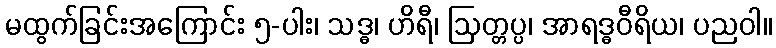
မထွက်ခြင်းအကြောင်း ၅-ပါး၊ သဒ္ဓ၊ ဟိရီ၊ ဩတ္တပ္ပ၊ အာရဒ္ဓဝီရိယ၊ ပညဝါ။